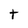
Character: t